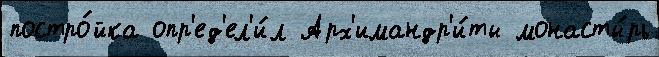
постро́йка опр'ед'ел'и́л Арх'имандр'и́ты монасты́рь